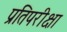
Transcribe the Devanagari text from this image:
प्रतिपरीक्षा